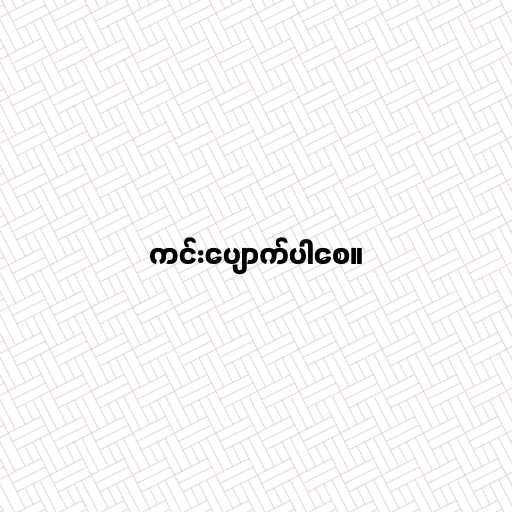
ကင်းပျောက်ပါစေ။